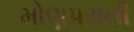
મોણપરાની